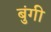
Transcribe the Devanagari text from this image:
बुंगी